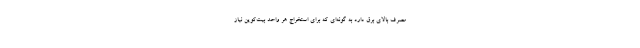
مصرف بالای برق دارد به گونه‌ای که برای استخراج هر واحد بیت‌کوین نیاز